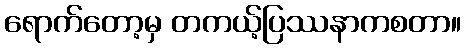
ရောက်တော့မှ တကယ့်ပြဿနာကစတာ။